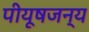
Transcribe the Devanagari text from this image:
पीयूषजन्य